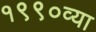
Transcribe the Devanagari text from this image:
१९९०व्या